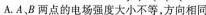
A.A、B两点的电场强度大小不等，方向相同